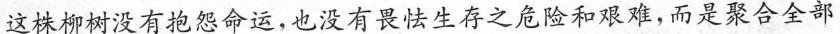
这株柳树没有抱怨命运，也没有畏怯生存之危险和艰难，而是聚合全部